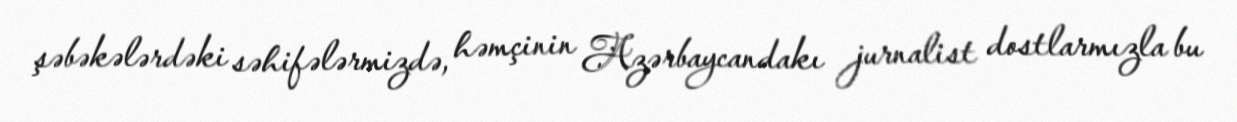
şəbəkələrdəki səhifələrmizdə, həmçinin Azərbaycandakı jurnalist dostlarmızla bu